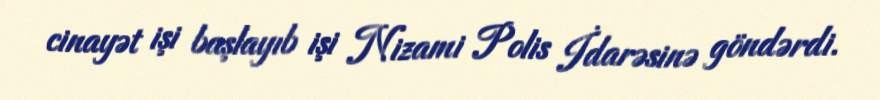
cinayət işi başlayıb işi Nizami Polis İdarəsinə göndərdi.